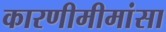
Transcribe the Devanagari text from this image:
कारणीमीमांसा